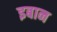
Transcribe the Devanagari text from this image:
इबान